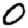
Digit: 0